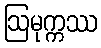
ဩမုက္ကဿ